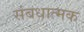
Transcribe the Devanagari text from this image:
संबधात्मक